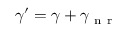
\gamma ^ { \prime } = \gamma + \gamma _ { \mathrm { ~ n ~ r ~ } }